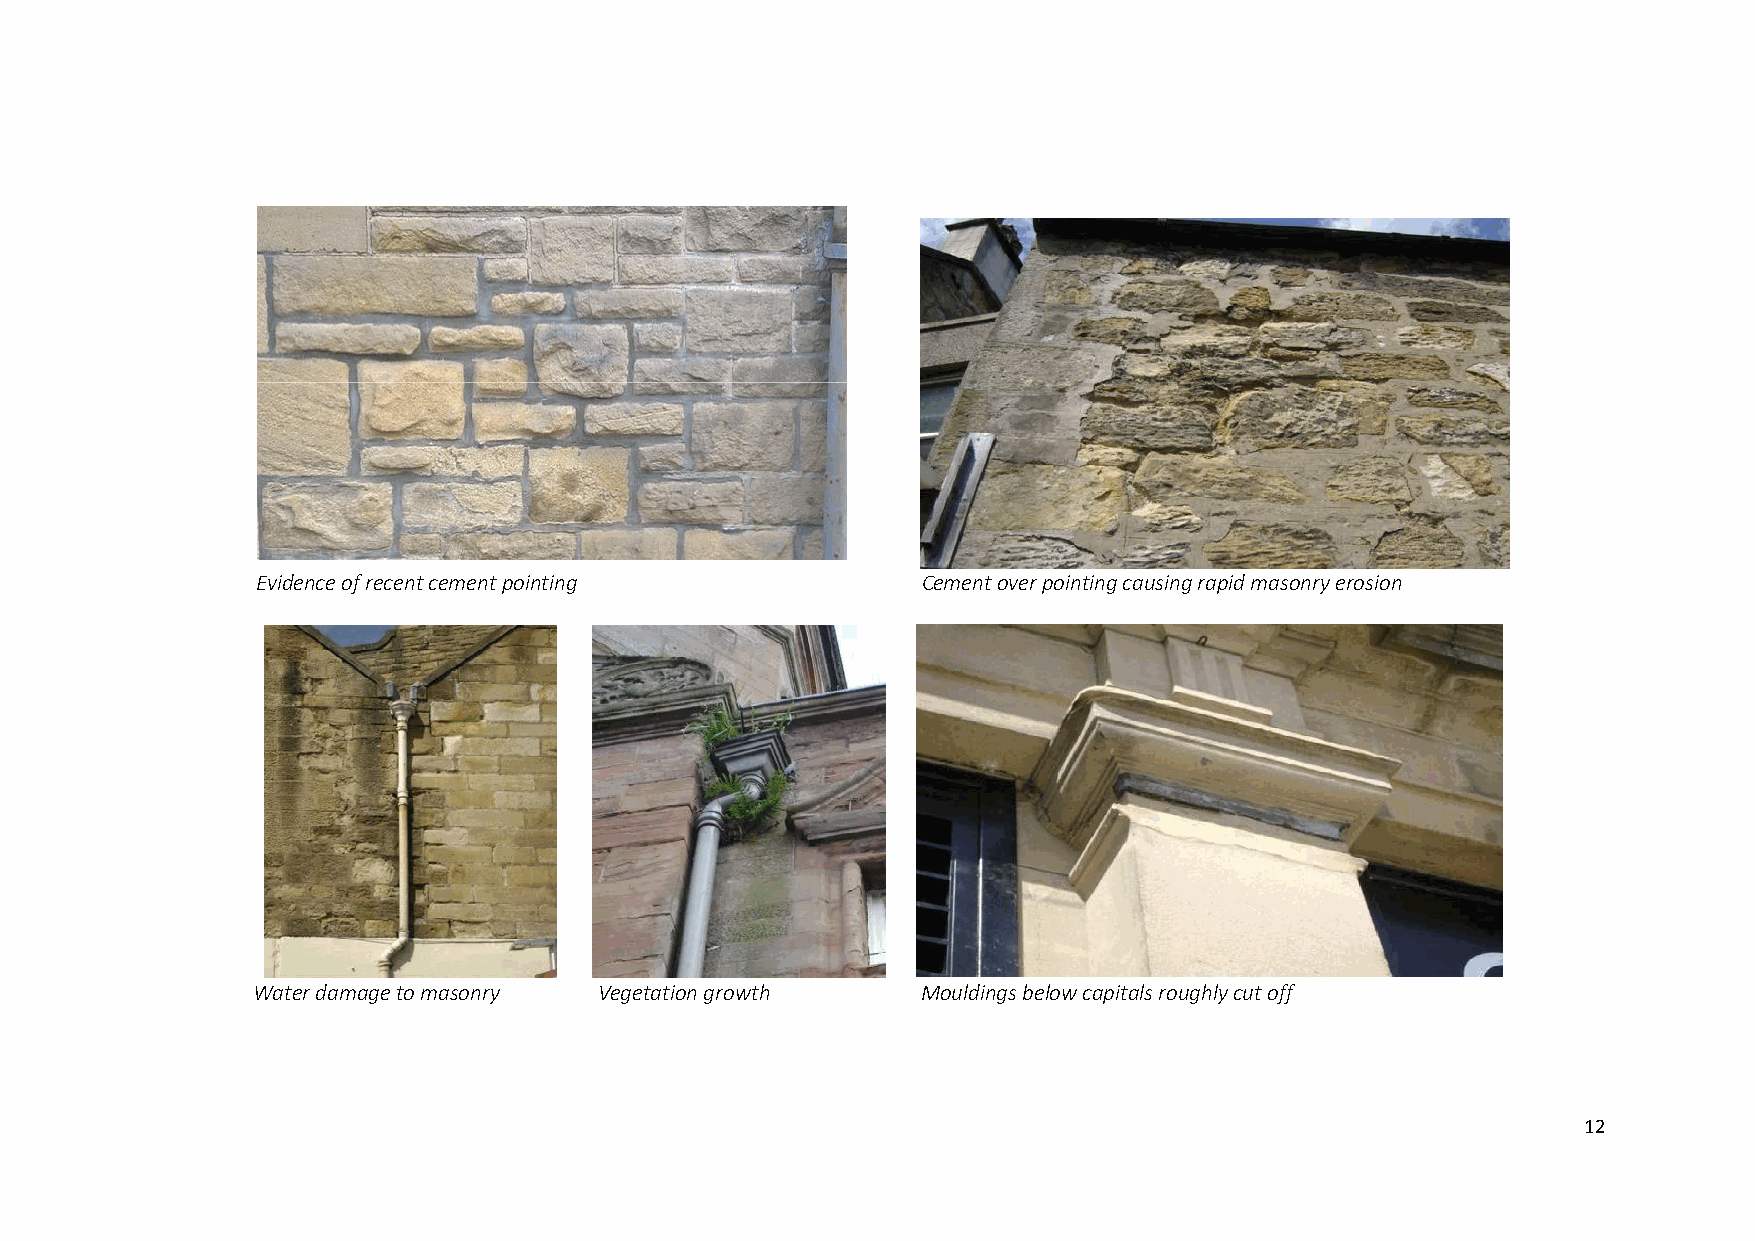
Evidence of recent cement pointing          Cement over pointing causing rapid masonry erosion
 Water damage to masonry Vegetation growth   Mouldings below capitals roughly cut off
 12